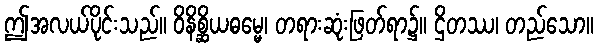
ဤအလယ်ပိုင်းသည်။ ဝိနိစ္ဆိယဓမ္မေ၊ တရားဆုံးဖြတ်ရာ၌။ ဌိတဿ၊ တည်သော။